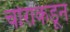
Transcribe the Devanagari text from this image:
चोरांकडून